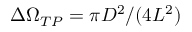
\Delta \Omega _ { T P } = \pi D ^ { 2 } / ( 4 L ^ { 2 } )